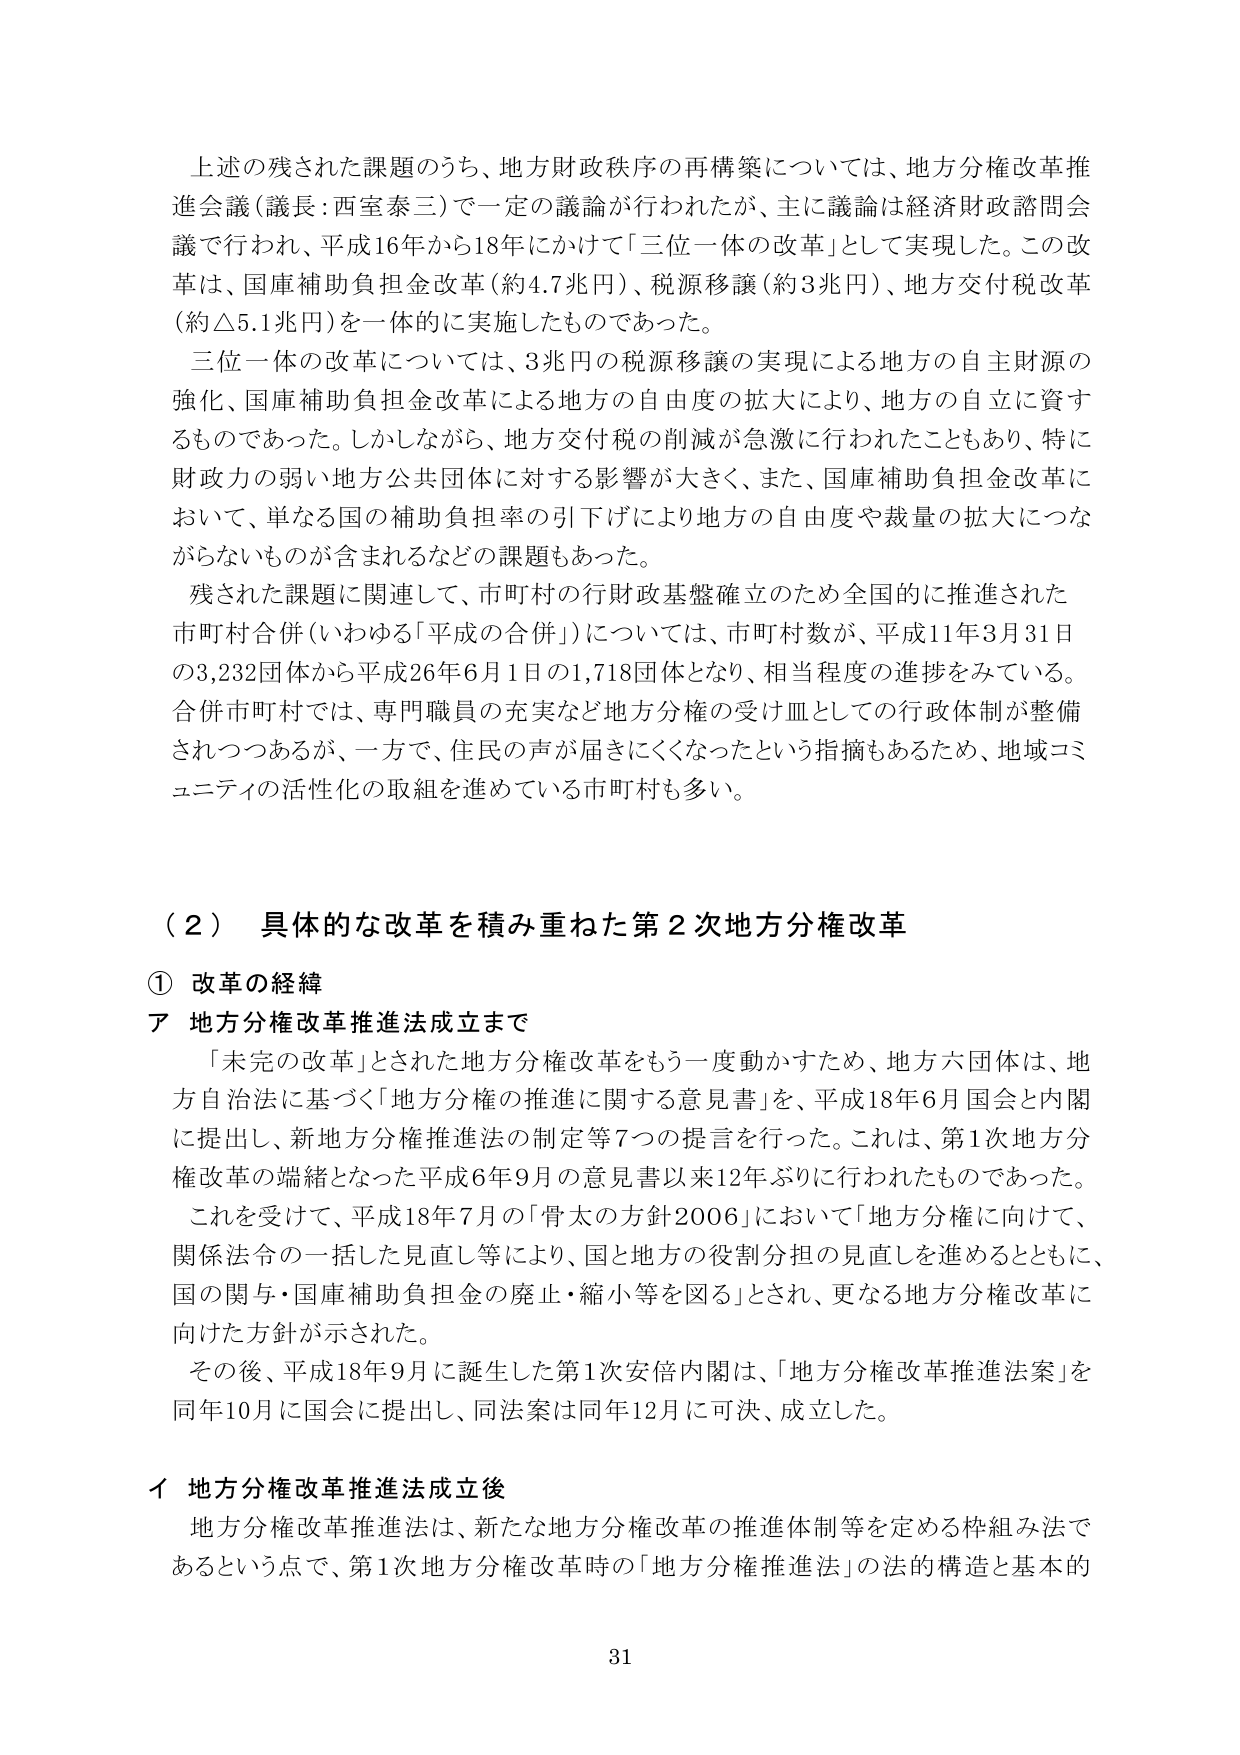
上述の残された課題のうち、地方財政秩序の再構築については、地方分権改革推進会議（議長：西室泰三）で一定の議論が行われたが、主に議論は経済財政諮問会議で行われ、平成16年から18年にかけて「三位一体の改革」として実現した。この改革は、国庫補助負担金改革（約4.7兆円）、税源移譲（約3兆円）、地方交付税改革（約△5.1兆円）を一体的に実施したものであった。

三位一体の改革については、3兆円の税源移譲の実現による地方の自主財源の強化、国庫補助負担金改革による地方の自由度の拡大により、地方の自立に資するものであった。しかしながら、地方交付税の削減が急激に行われたこともあり、特に財政力の弱い地方公共団体に対する影響が大きく、また、国庫補助負担金改革において、単なる国の補助負担率の引下げにより地方の自由度や裁量の拡大につながらないものが含まれるなどの課題もあった。

残された課題に関連して、市町村の行財政基盤確立のため全国的に推進された市町村合併（いわゆる「平成の合併」）については、市町村数が、平成11年3月31日の3,232団体から平成26年6月1日の1,718団体となり、相当程度の進捗をみている。合併市町村では、専門職員の充実など地方分権の受け皿としての行政体制が整備されつつあるが、一方で、住民の声が届きにくくなったという指摘もあるため、地域コミュニティの活性化の取組を進めている市町村も多い。

（２）具体的な改革を積み重ねた第２次地方分権改革

① 改革の経緯

ア 地方分権改革推進法成立まで

「未完の改革」とされた地方分権改革をもう一度動かすため、地方六団体は、地方自治法に基づく「地方分権の推進に関する意見書」を、平成18年6月国会と内閣に提出し、新地方分権推進法の制定等7つの提言を行った。これは、第1次地方分権改革の端緒となった平成6年9月の意見書以来12年ぶりに行われたものであった。

これを受けて、平成18年7月の「骨太の方針2006」において「地方分権に向けて、関係法令の一括した見直し等により、国と地方の役割分担の見直しを進めるとともに、国の関与・国庫補助負担金の廃止・縮小等を図る」とされ、更なる地方分権改革に向けた方針が示された。

その後、平成18年9月に誕生した第1次安倍内閣は、「地方分権改革推進法案」を同年10月に国会に提出し、同法案は同年12月に可決、成立した。

イ 地方分権改革推進法成立後

地方分権改革推進法は、新たな地方分権改革の推進体制等を定める枠組み法であるという点で、第1次地方分権改革時の「地方分権推進法」の法的構造と基本的

31